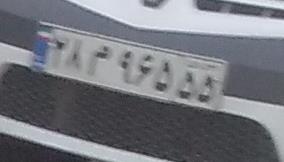
۲۸م۹۶۵۵۵